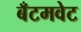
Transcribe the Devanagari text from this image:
बँटमवेट